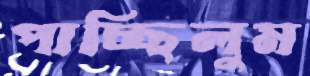
পাচ্ছিলুম